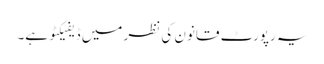
یہ رپورٹ قانون کی نظر میں ڈیفیکٹو ہے۔